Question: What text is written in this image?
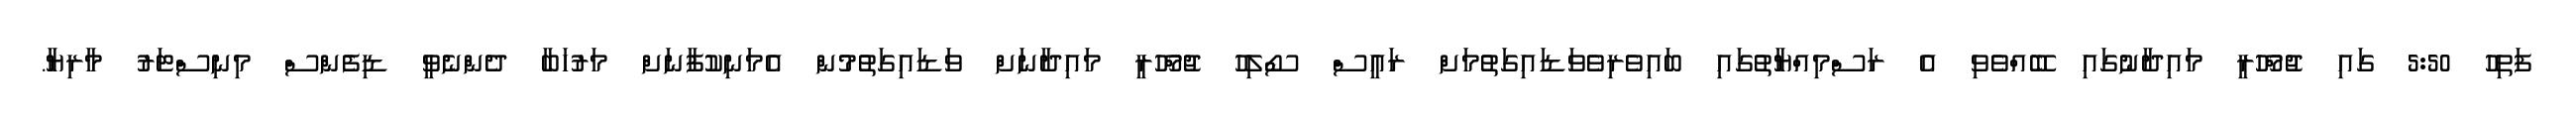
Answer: ފަތިހު 5:50 ގައި ޖުމްހޫރީ މައިދާނުގައި ބޭއްވެވި އެ ރަސްމިއްޔާތުގައި ބައިވެރިވެވަޑައިގަތުމަށް ރައީސް ސޯލިހު ޖުމްހޫރީ މައިދާނަށް ވަޑައިގަތުމުން އެމަނިކުފާނަށް މަރުހަބާ ދެންނެވީ ޑިފެންސް މިނިސްޓަރު މާރިޔާ.